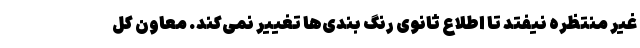
غیر منتظره نیفتد تا اطلاع ثانوی رنگ بندی‌ها تغییر نمی‌کند. معاون کل